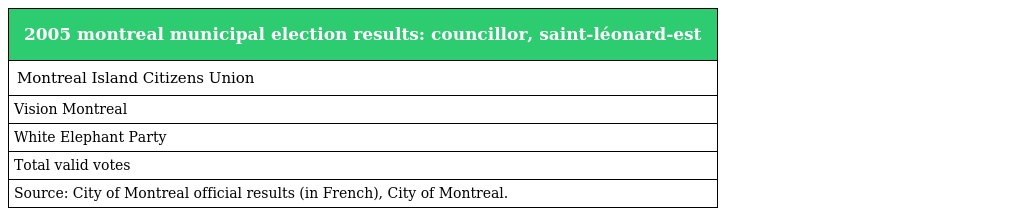
| 2005 montreal municipal election results: councillor, saint-léonard-est |
 | --- |
 | Montreal Island Citizens Union |
 | Vision Montreal |
 | White Elephant Party |
 | Total valid votes |
 | Source: City of Montreal official results (in French), City of Montreal. |